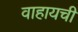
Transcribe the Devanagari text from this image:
वाहायची